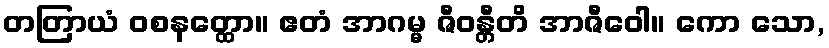
တတြာယံ ဝစနတ္ထော။ ဧတံ အာဂမ္မ ဇီဝန္တီတိ အာဇီဝေါ။ ကော သော,